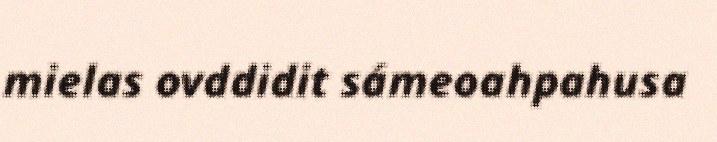
mielas ovddidit sámeoahpahusa